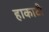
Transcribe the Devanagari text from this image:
हाकाटी